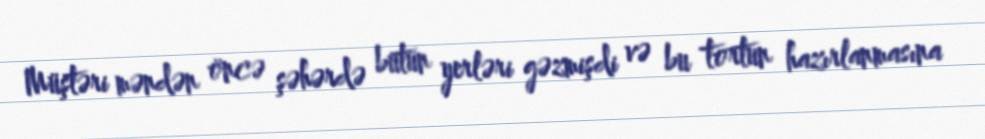
Müştəri məndən öncə şəhərdə bütün yerləri gəzmişdi və bu tortun hazırlanmasına